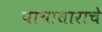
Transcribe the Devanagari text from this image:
पायाधाराचे